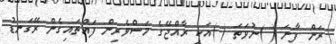
ރަން ފާނަ ( )ނުވަތަ ( )އަކީ ރާއްޖޭގެ މަސްވެރިން ފައްތައިގެން ރޭގަނޑު